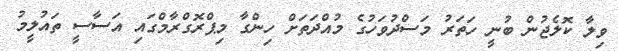
ވިލާ ކޮލެޖުން ބުނީ ހަތަރު މަސްދުވަހުގެ މުއްދަތަށް ހިންގާ މިޕްރޮގްރާމްގައި އަސާސީ ތައުލީމު